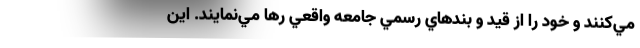
مي‌كنند و خود را از قيد و بندهاي رسمي جامعه واقعي رها مي‌نمايند. اين